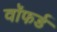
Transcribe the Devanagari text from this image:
वॉफर्ड